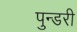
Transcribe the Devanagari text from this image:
पुन्डरी